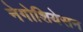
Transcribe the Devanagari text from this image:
नेगोशियेसन